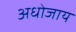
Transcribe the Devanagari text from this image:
अधोजाय